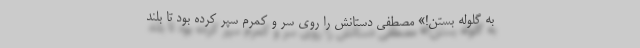
به گلوله بستن!» مصطفی دستانش را روی سر و کمرم سپر کرده بود تا بلند